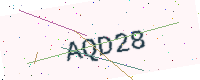
Text: AQD28